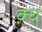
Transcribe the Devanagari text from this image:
क़्ध्